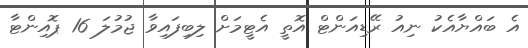
އެ ބައްޔާއެކު ނިއު ރޭޑިއަންޓް އޮތީ އެޓީމަށް ލިބިފައިވާ ޖުމުލަ 16 ޕޮއިންޓާ